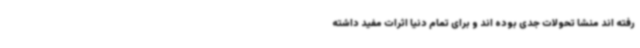
رفته اند منشا تحولات جدی بوده اند و برای تمام دنیا اثرات مفید داشته